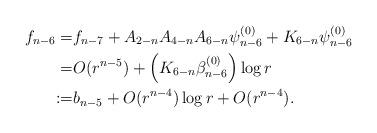
LaTeX: \begin{align*}f_{n-6}=&f_{n-7}+A_{2-n}A_{4-n}A_{6-n}\psi_{n-6}^{(0)}+K_{6-n}\psi_{n-6}^{(0)}\\=&O(r^{n-5})+\Big(K_{6-n}\beta_{n-6}^{(0)}\Big) \log r\\:=&b_{n-5}+O(r^{n-4}) \log r+O(r^{n-4}).\end{align*}